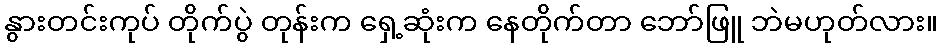
နွားတင်းကုပ် တိုက်ပွဲ တုန်းက ရှေ့ဆုံးက နေတိုက်တာ ဘော်ဖြူ ဘဲမဟုတ်လား။